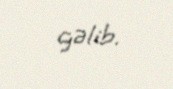
gəlib.